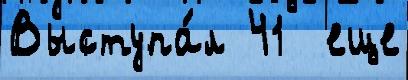
Выступа́л 41  еще